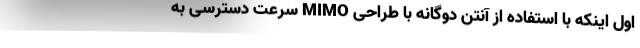
اول اینکه با استفاده از آنتن دوگانه با طراحی MIMO سرعت دسترسی به